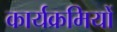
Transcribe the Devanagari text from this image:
कार्यक्रमियों